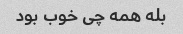
بله همه چی خوب بود